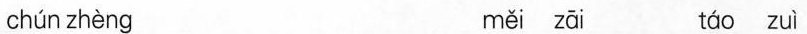
chún zhèng měi zāi táo zuì